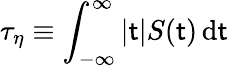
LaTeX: \tau_{\eta}\equiv\int_{-\infty}^{\infty}\left|\mathsf{t}\right|S(\mathsf{t})\, \mathrm{{d}}\mathsf{t}